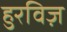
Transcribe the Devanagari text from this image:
हुरविज़